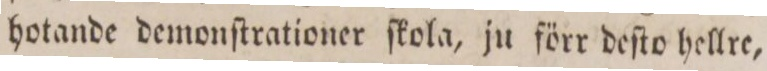
hotande demonſtrationer ſkola, ju förr deſto hellre,